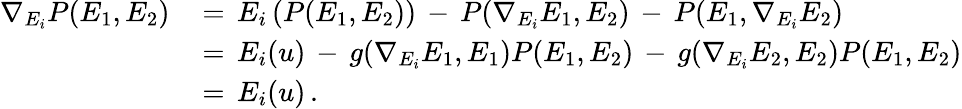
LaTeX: \begin{array}{rl}{\nabla_{E_{i}}P(E_{1},E_{2})\, }&{=\, E_{i}\left(P(E_{1},E_{2})\right)\, -\, P(\nabla_{E_{i}}E_{1},E_{2})\, -\, P(E_{1},\nabla_{E_{i}}E_{2})}\\ &{=\, E_{i}(u)\, -\, g(\nabla_{E_{i}}E_{1},E_{1})P(E_{1},E_{2})\, -\, g(\nabla_{E_{i}}E_{2},E_{2})P(E_{1},E_{2})}\\ &{=\, E_{i}(u)\, .}\end{array}